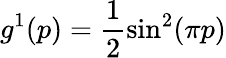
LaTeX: g^{1}(p)=\frac{1}{2}\sin^{2}(\pi p)